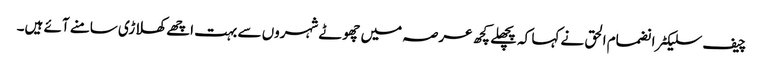
چیف سلیکٹر انضمام الحق نے کہا کہ پچھلے کچھ عرصہ میں چھوٹے شہروں سے بہت اچھے کھلاڑی سامنے آئے ہیں۔